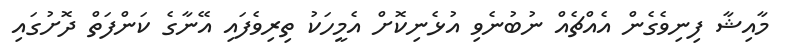
މާއިޝާ ފިނިވެގެން އެއްޗެއް ނުބުނެވި އުޅެނިކޮށް އެމީހަކު ތިރިވެފައި އޭނާގެ ކަންފަތް ދޮށުގައި